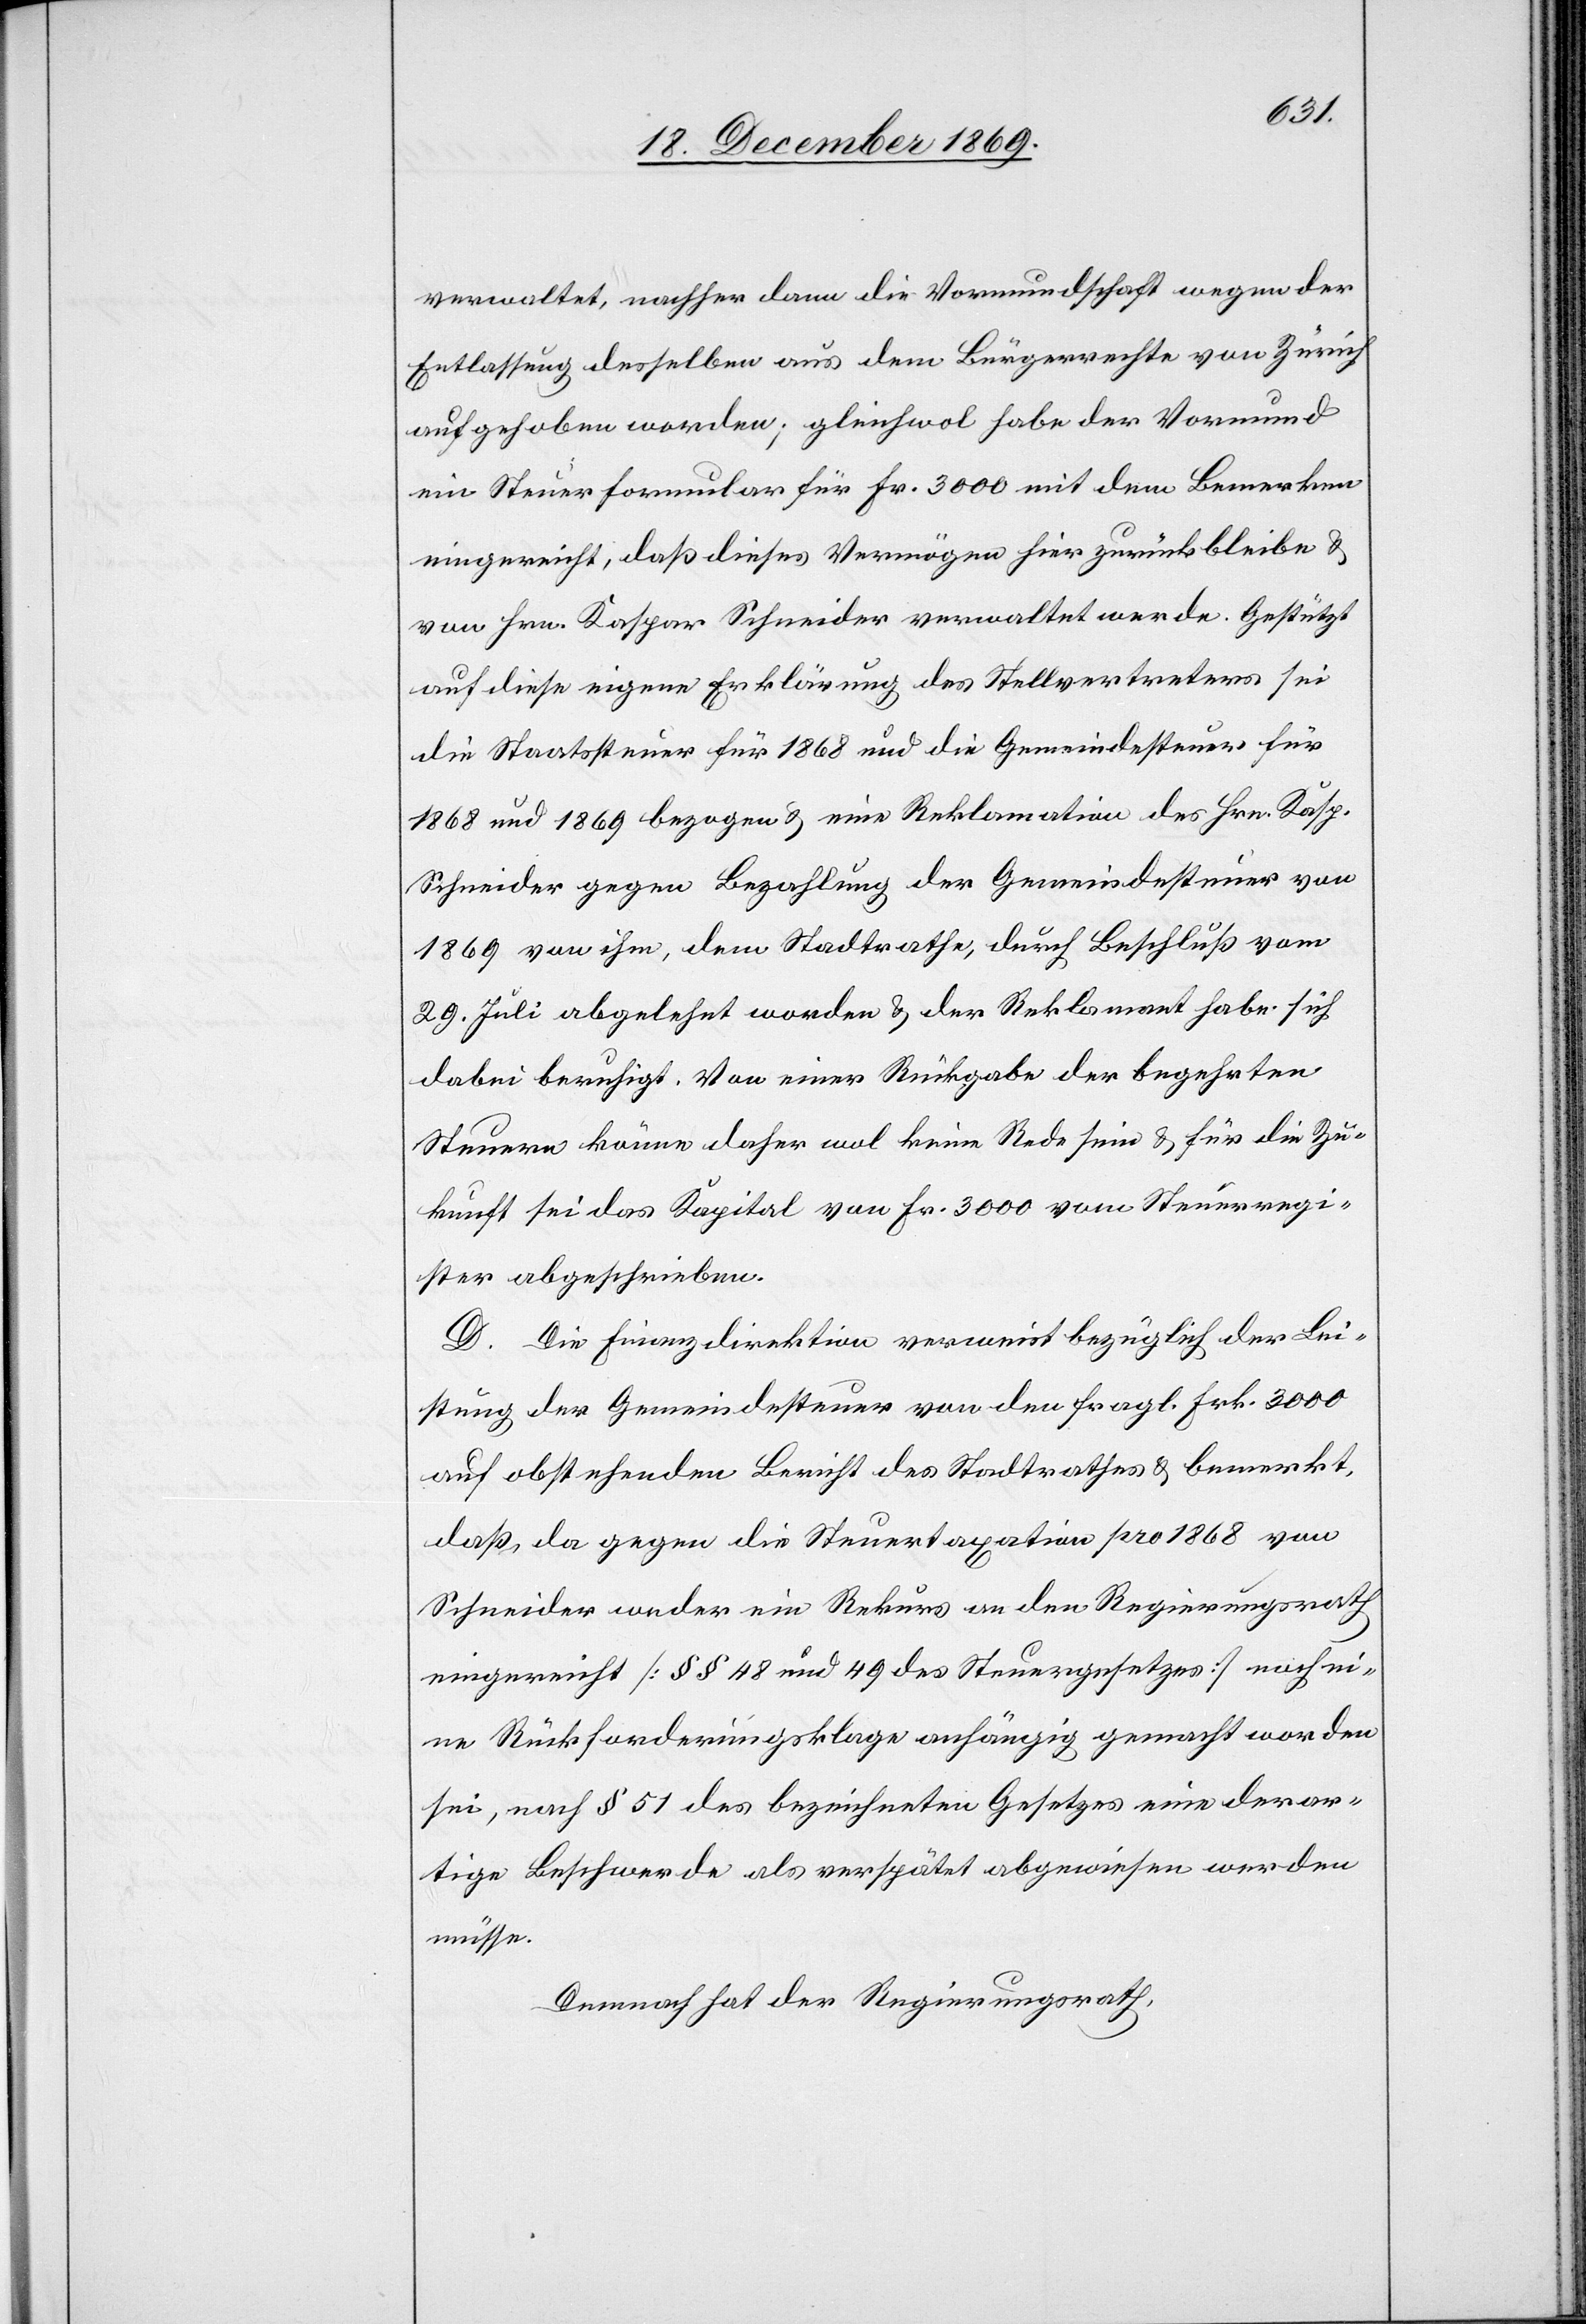
verwaltet, nachher dann die Vormundschaft wegen der
Entlassung desselben aus dem Bürgerrechte von Zürich
aufgehoben worden; gleichwol habe der Vormund
ein Steuerformular für Fr. 3000 mit dem Bemerken
eingereicht, daß dieses Vermögen hier zurückbleibe &
von Hrn. Kaspar Schneider verwaltet werde. Gestützt
auf diese eigene Erklärung des Stellvertreters sei
die Staatssteuer für 1868 und die Gemeindesteuer für
1868 und 1869 bezogen & eine Reklamation des Hrn. Kasp.
Schneider gegen Bezahlung der Gemeindesteuer von
1869 von ihm, dem Stadtrathe, durch Beschluß vom
29. Juli abgelehnt worden & der Reklamant habe sich
dabei beruhigt. Von einer Rückgabe der begehrten
Steuern könne daher wol keine Rede sein & für die Zu¬
kunft sei das Kapital von Fr. 3000 vom Steuerregi¬
ster abgeschrieben.
D. Die Finanzdirektion verweist bezüglich der Lei¬
stung der Gemeindesteuer von den fragl. Frk. 3000
auf obstehenden Bericht des Stadtrathes & bemerkt,
daß, da gegen die Steuertaxation pro 1868 von
Schneider weder ein Rekurs an den Regierungsrath
eingereicht [§§ 48 und 49 des Steuergesetzes] noch ei¬
ne Rückforderungsklage anhängig gemacht worden
sei, nach § 51 des bezeichneten Gesetzes eine derar¬
tige Beschwerde als verspätet abgewiesen werden
müsse.
Demnach hat der Regierungsrath,